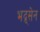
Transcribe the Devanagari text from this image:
भद्र्सेन